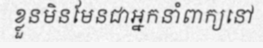
ខ្លួនមិនមែនជាអ្នកនាំពាក្យនៅ